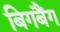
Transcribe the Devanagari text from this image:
बिगबैंग